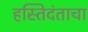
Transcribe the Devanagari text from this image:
हस्तिदंताचा